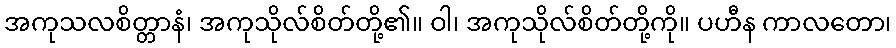
အကုသလစိတ္တာနံ၊ အကုသိုလ်စိတ်တို့၏။ ဝါ၊ အကုသိုလ်စိတ်တို့ကို။ ပဟီန ကာလတော၊